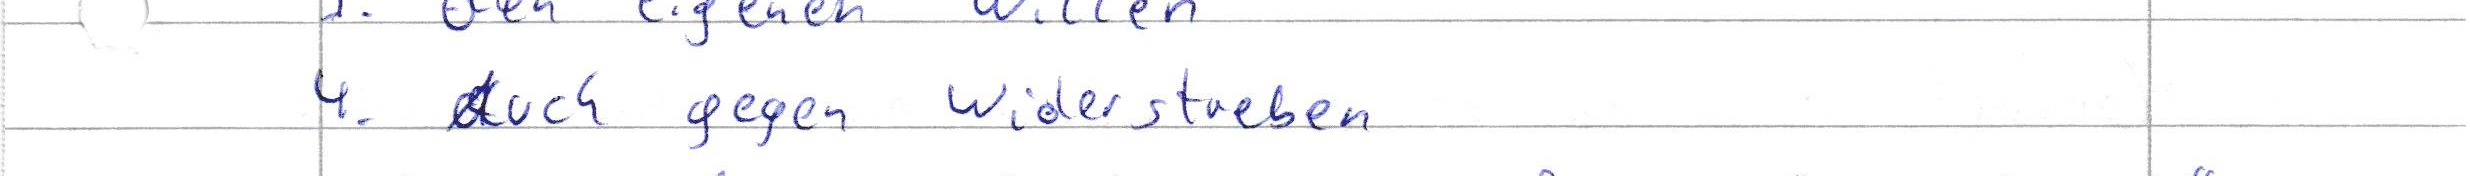
4. Auch gegen Widerstreben